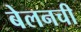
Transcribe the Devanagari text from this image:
बेलनची